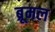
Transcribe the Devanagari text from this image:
ब्रूमल